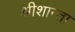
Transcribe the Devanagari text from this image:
श्रीशान्ता